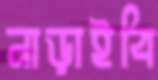
নাড়াইবি